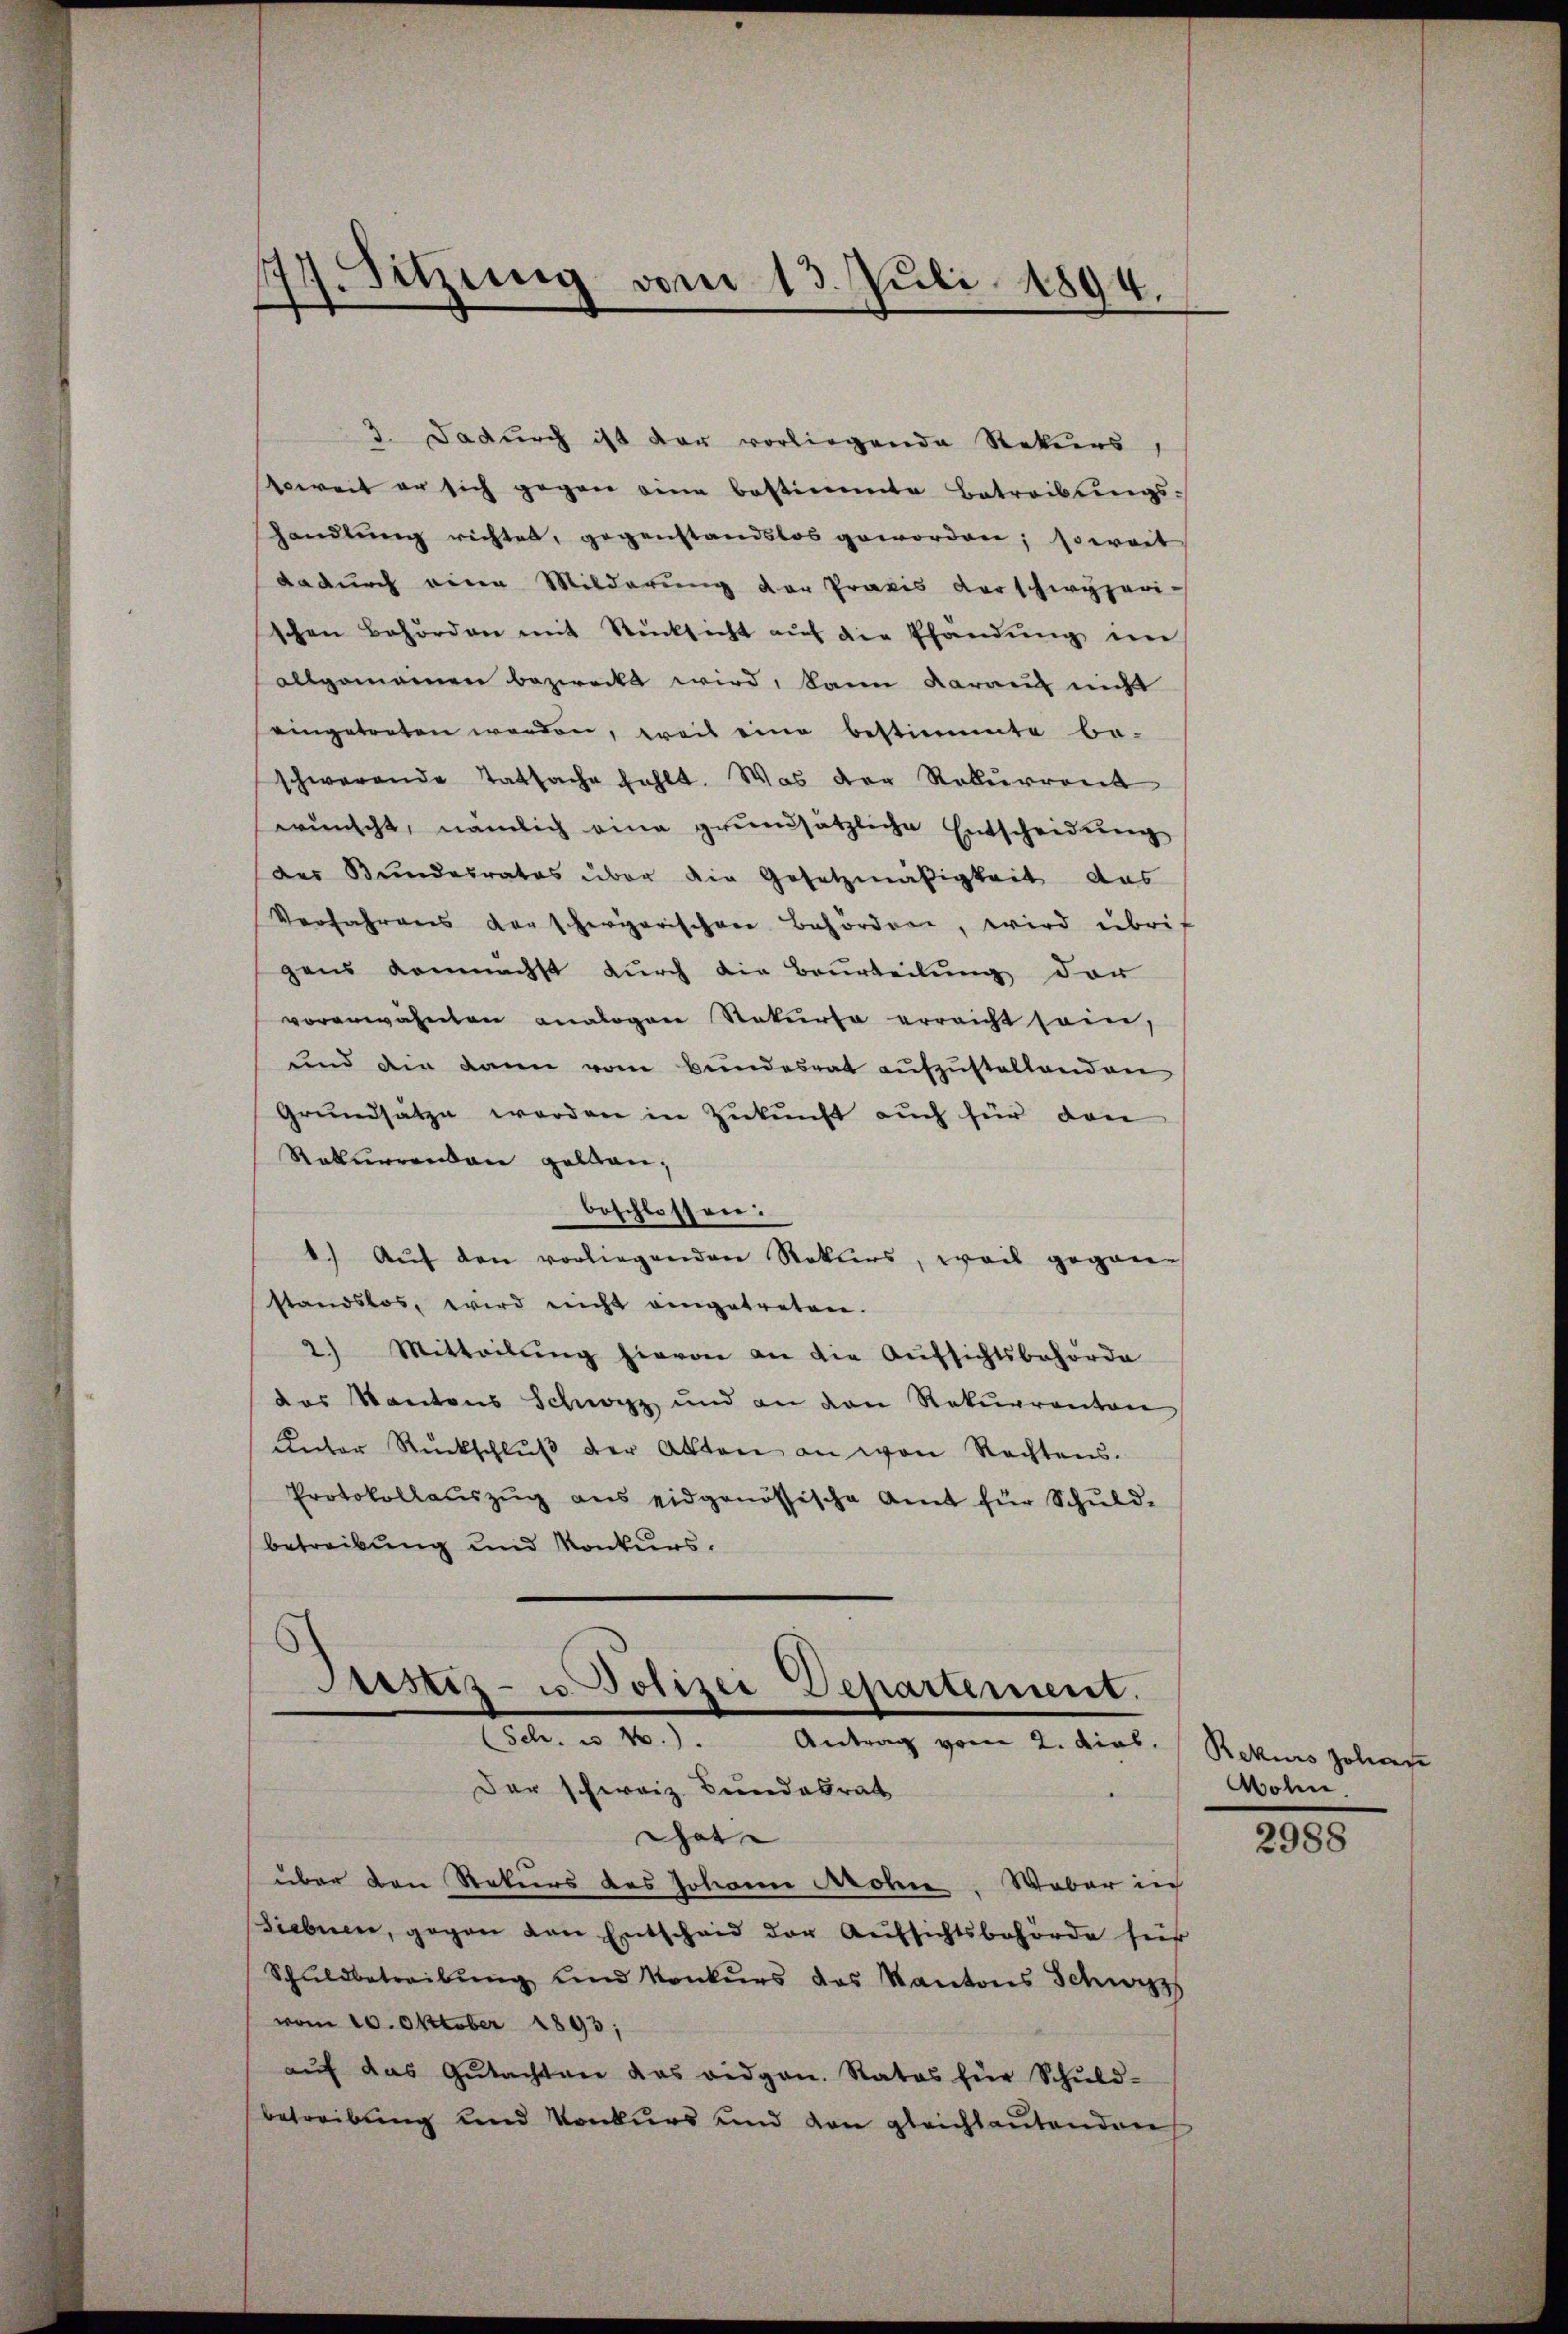
77. Sitzung vom 13. Juli 1894.

3. Dadurch ist der vorliegende Rekurs
soweit er sich gegen eine bestimmte Betreibungshandlung richtet, gegenstandslos geworden; soweit
dadurch eine Milderung der Praxis derschwyzeri-
schen Behörden mit Rücksicht aŭf die Pfandŭng im
allgemeinen bezweckt wird, kann darauf nicht
eingetreten worden, weil eine bestimmte be-
schwerende Tatsache fehlt. Was der Rekurrent
wünscht, nämlich eine grundsätzliche Entscheidung
des Bundesrates über die Gesetzmäßigkeit das
Verfahrens der schwierischen Behörden, wird übrigens demnächst durch die Beurteilung der
vorerwähneten analogen Rekurse erreicht sein,
und die dann vom Bundesrat aŭfzŭstellenden
Grundsätze werden in Zukunft auch für dan
Rekurrenden gelten,
beschlossen:
1.) Auf den vorliegenden Rekurs, weil gegan-
standslos, wird nicht eingetreten.
2) Mitteilŭng hievon an die Aufsichtsbehörde
des Kantons Schwyz und an den Rekurrenten
Unter Rückschlŭβ der Akten an von Rechtens.
Protokollauszug aus eidgenössische Amt für Schuld-
betreibung und Konkurs.

Justiz- u. Polizei Departement.
(Sch. u N.). Antrag vom 2. dies. Rekurs Johan

Der schweiz. Bundesrat
Gat
über den Rekurs des Johann Mohn. Weber in
Siebnen, gegen den Entschaid der Aufsichtsbehörde für
Schŭldbetreibŭng ŭnd Konkŭrs des Kantons Schwyz
vom 10. Oktober 1893;
aŭf das Gŭtachten das eidgen. Rates für Schŭld-
betreibung und Konkurs und den gleichlaŭtenden

Wohen

2988